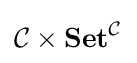
{\mathcal {C}}\times \mathbf {Set} ^{\mathcal {C}}